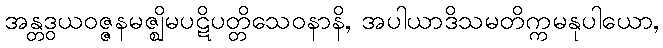
အန္တဒွယဝဇ္ဇနမဇ္ဈိမပဋိပတ္တိသေဝနာနိ, အပါယာဒိသမတိက္ကမနုပါယော,